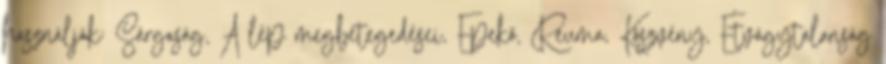
használják: Sárgaság, A lép megbetegedései, Epekő, Reuma, Köszvény, Étvágytalanság